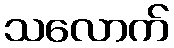
သလောက်